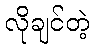
လိုချင်တဲ့